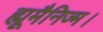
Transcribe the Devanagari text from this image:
ह्यूमैनिज्म।